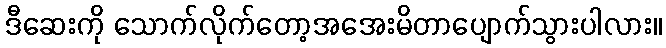
ဒီဆေးကို သောက်လိုက်တော့အအေးမိတာပျောက်သွားပါလား။